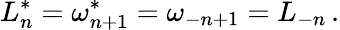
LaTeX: L_{n}^{*}=\omega_{n+1}^{*}=\omega_{-n+1}=L_{-n}\, .